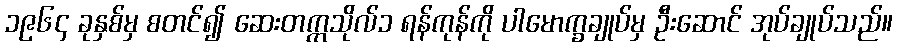
၁၉၆၄ ခုနှစ်မှ စတင်၍ ဆေးတက္ကသိုလ်၁ ရန်ကုန်ကို ပါမောက္ခချုပ်မှ ဦးဆောင် အုပ်ချုပ်သည်။